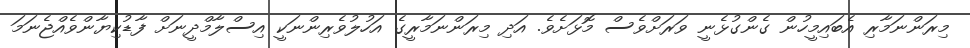
މިރަންނަމާރި އެބައިމީހުން ގެންގުޅެނީ ވަރަށްވެސް މޮޅަށެވެ. އަދި މިރަންނަމާރީގެ އަހުލުވެރިންނަކީ އިސްލާމްދީނަށް ފާޑުކިޔާންވެއްޖެނަމަ